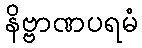
နိဗ္ဗာဏပရမံ